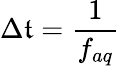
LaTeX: \Delta\mathfrak{t}=\frac{{1}}{{f_{aq}}}